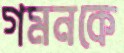
গমনকে